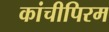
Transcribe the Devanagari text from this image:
कांचीपिरम